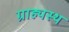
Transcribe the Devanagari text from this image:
ग्राह्यस्थ